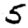
Digit: 5